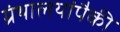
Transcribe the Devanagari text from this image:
ग्रंथालयांपैकी